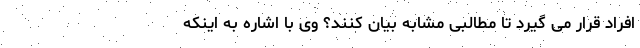
افراد قرار می گیرد تا مطالبی مشابه بیان کنند؟ وی با اشاره به اینکه